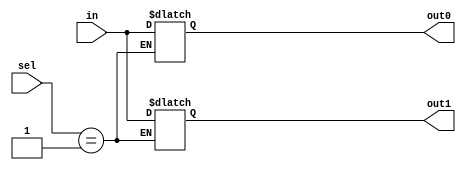
`timescale 1ns/100ps
/*
 Filename      : I_mux.v
 Author        : Liam Crowley
 Created       : Tue Oct 31 08:24:49 2023
 INPUTS        : in
 sel
 OUTPUTS       : out0
 out1
 out2
 out3
 PARAMETERS    : m

 Description   : I MUX for testing multiple voices
 */
module I_mux
  #(
    parameter m = 12
    )
    (
     /*AUTOARG*/
     // Outputs
     out0, out1,
     // Inputs
     in, sel
     ) ;
    input [m-1:0] in;
    output reg [m-1:0] out0, out1;// out2, out3;
    input [1:0]        sel;
    always @(*) begin
        case (sel) 
          2'b00: begin
	          out0 = in;	
          end
          2'b01: begin
	          out1 = in;
          end
          /*
           * 2'b10: begin
	       out2 = in;
end
           2'b11: begin
	       out3 = in;
end*/
          default: begin
	          out0 = in;
              
          end
        endcase // case (sel)
    end
endmodule // i_mux